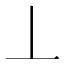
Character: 丄